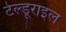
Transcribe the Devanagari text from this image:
टेल्डूराइल